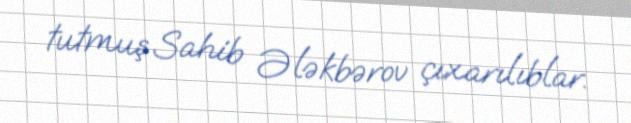
tutmuş Sahib Ələkbərov çıxarılıblar.